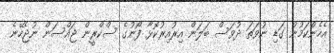
އެހެންކަމުން ގަޑި ނުވަތަ ދުވަސް ބަލަން އިރުއިރުކޮޅާ ފޯނުގެ ސްކްރީން ޖައްސަން ނުޖެހޭނެ